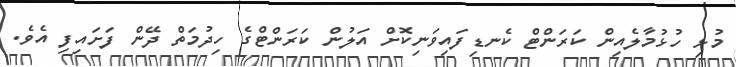
މުޅި ހުޅުމާލެއިން ކަރަންޓް ކެނޑިފައިވަނިކޮށް އަލުން ކަރަންޓްގެ ހިދުމަތް ދޭން ފަށައިފި އެވެ.